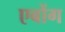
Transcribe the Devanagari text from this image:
एबोंग